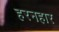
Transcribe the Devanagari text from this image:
हरनहार